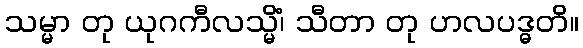
သမ္မာ တု ယုဂကီလသ္မိံ၊ သီတာ တု ဟလပဒ္ဓတိ။